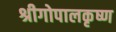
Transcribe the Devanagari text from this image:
श्रीगोपालकृष्ण